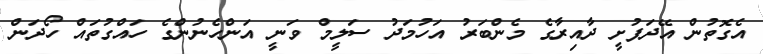
އެގޮތުން އޭދަފުށީ ދާއިރާގެ މެންބަރު އަހުމަދު ސަލީމް ވަނީ އަންހެނުންގެ ހައްގުތައް ހޯދަން